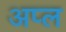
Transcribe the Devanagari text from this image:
अप्ल